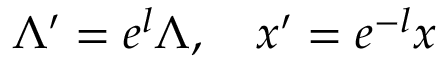
\Lambda ^ { \prime } = e ^ { l } \Lambda , \quad x ^ { \prime } = e ^ { - l } x